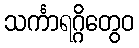
သင်္ကာရဂ္ဂိတွေဝ